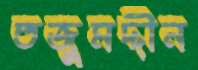
তজুমদ্দীন